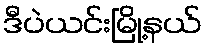
ဒီပဲယင်းမြို့နယ်